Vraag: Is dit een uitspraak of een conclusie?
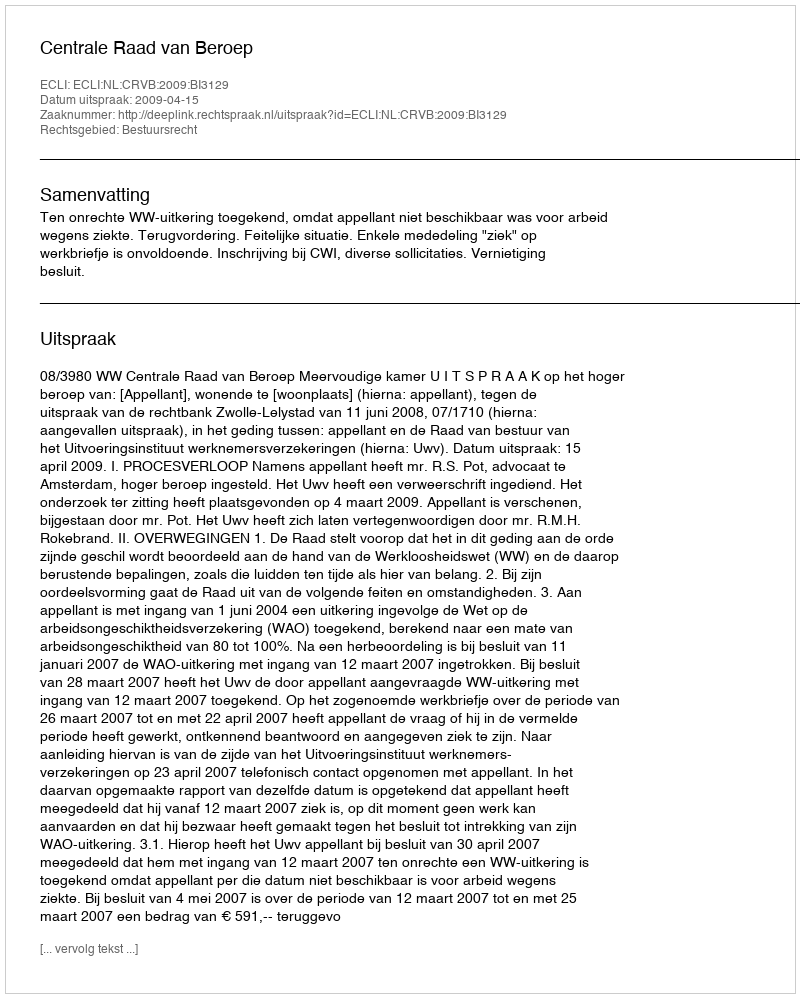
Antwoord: Uitspraak